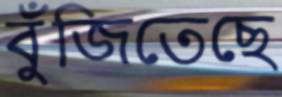
বুঁজিতেছে